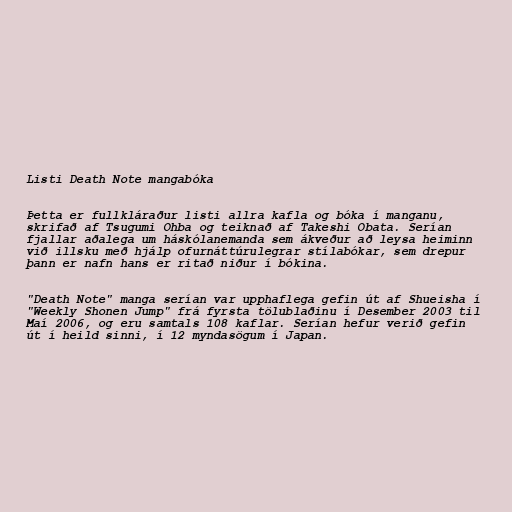
Listi Death Note mangabóka

Þetta er fullkláraður listi allra kafla og bóka í manganu,
skrifað af Tsugumi Ohba og teiknað af Takeshi Obata. Serían
fjallar aðalega um háskólanemanda sem ákveður að leysa heiminn
við illsku með hjálp ofurnáttúrulegrar stílabókar, sem drepur
þann er nafn hans er ritað niður í bókina.

"Death Note" manga serían var upphaflega gefin út af Shueisha í
"Weekly Shonen Jump" frá fyrsta tölublaðinu í Desember 2003 til
Maí 2006, og eru samtals 108 kaflar. Serían hefur verið gefin
út í heild sinni, í 12 myndasögum í Japan.